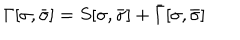
\Gamma [ \sigma , \bar { \sigma } ] = S [ \sigma , \bar { \sigma } ] + \bar { \Gamma } [ \sigma , \bar { \sigma } ]